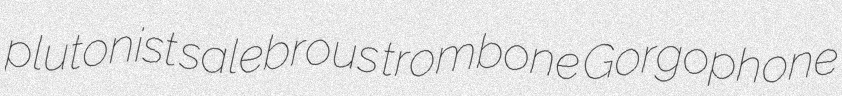
plutonist salebrous trombone Gorgophone